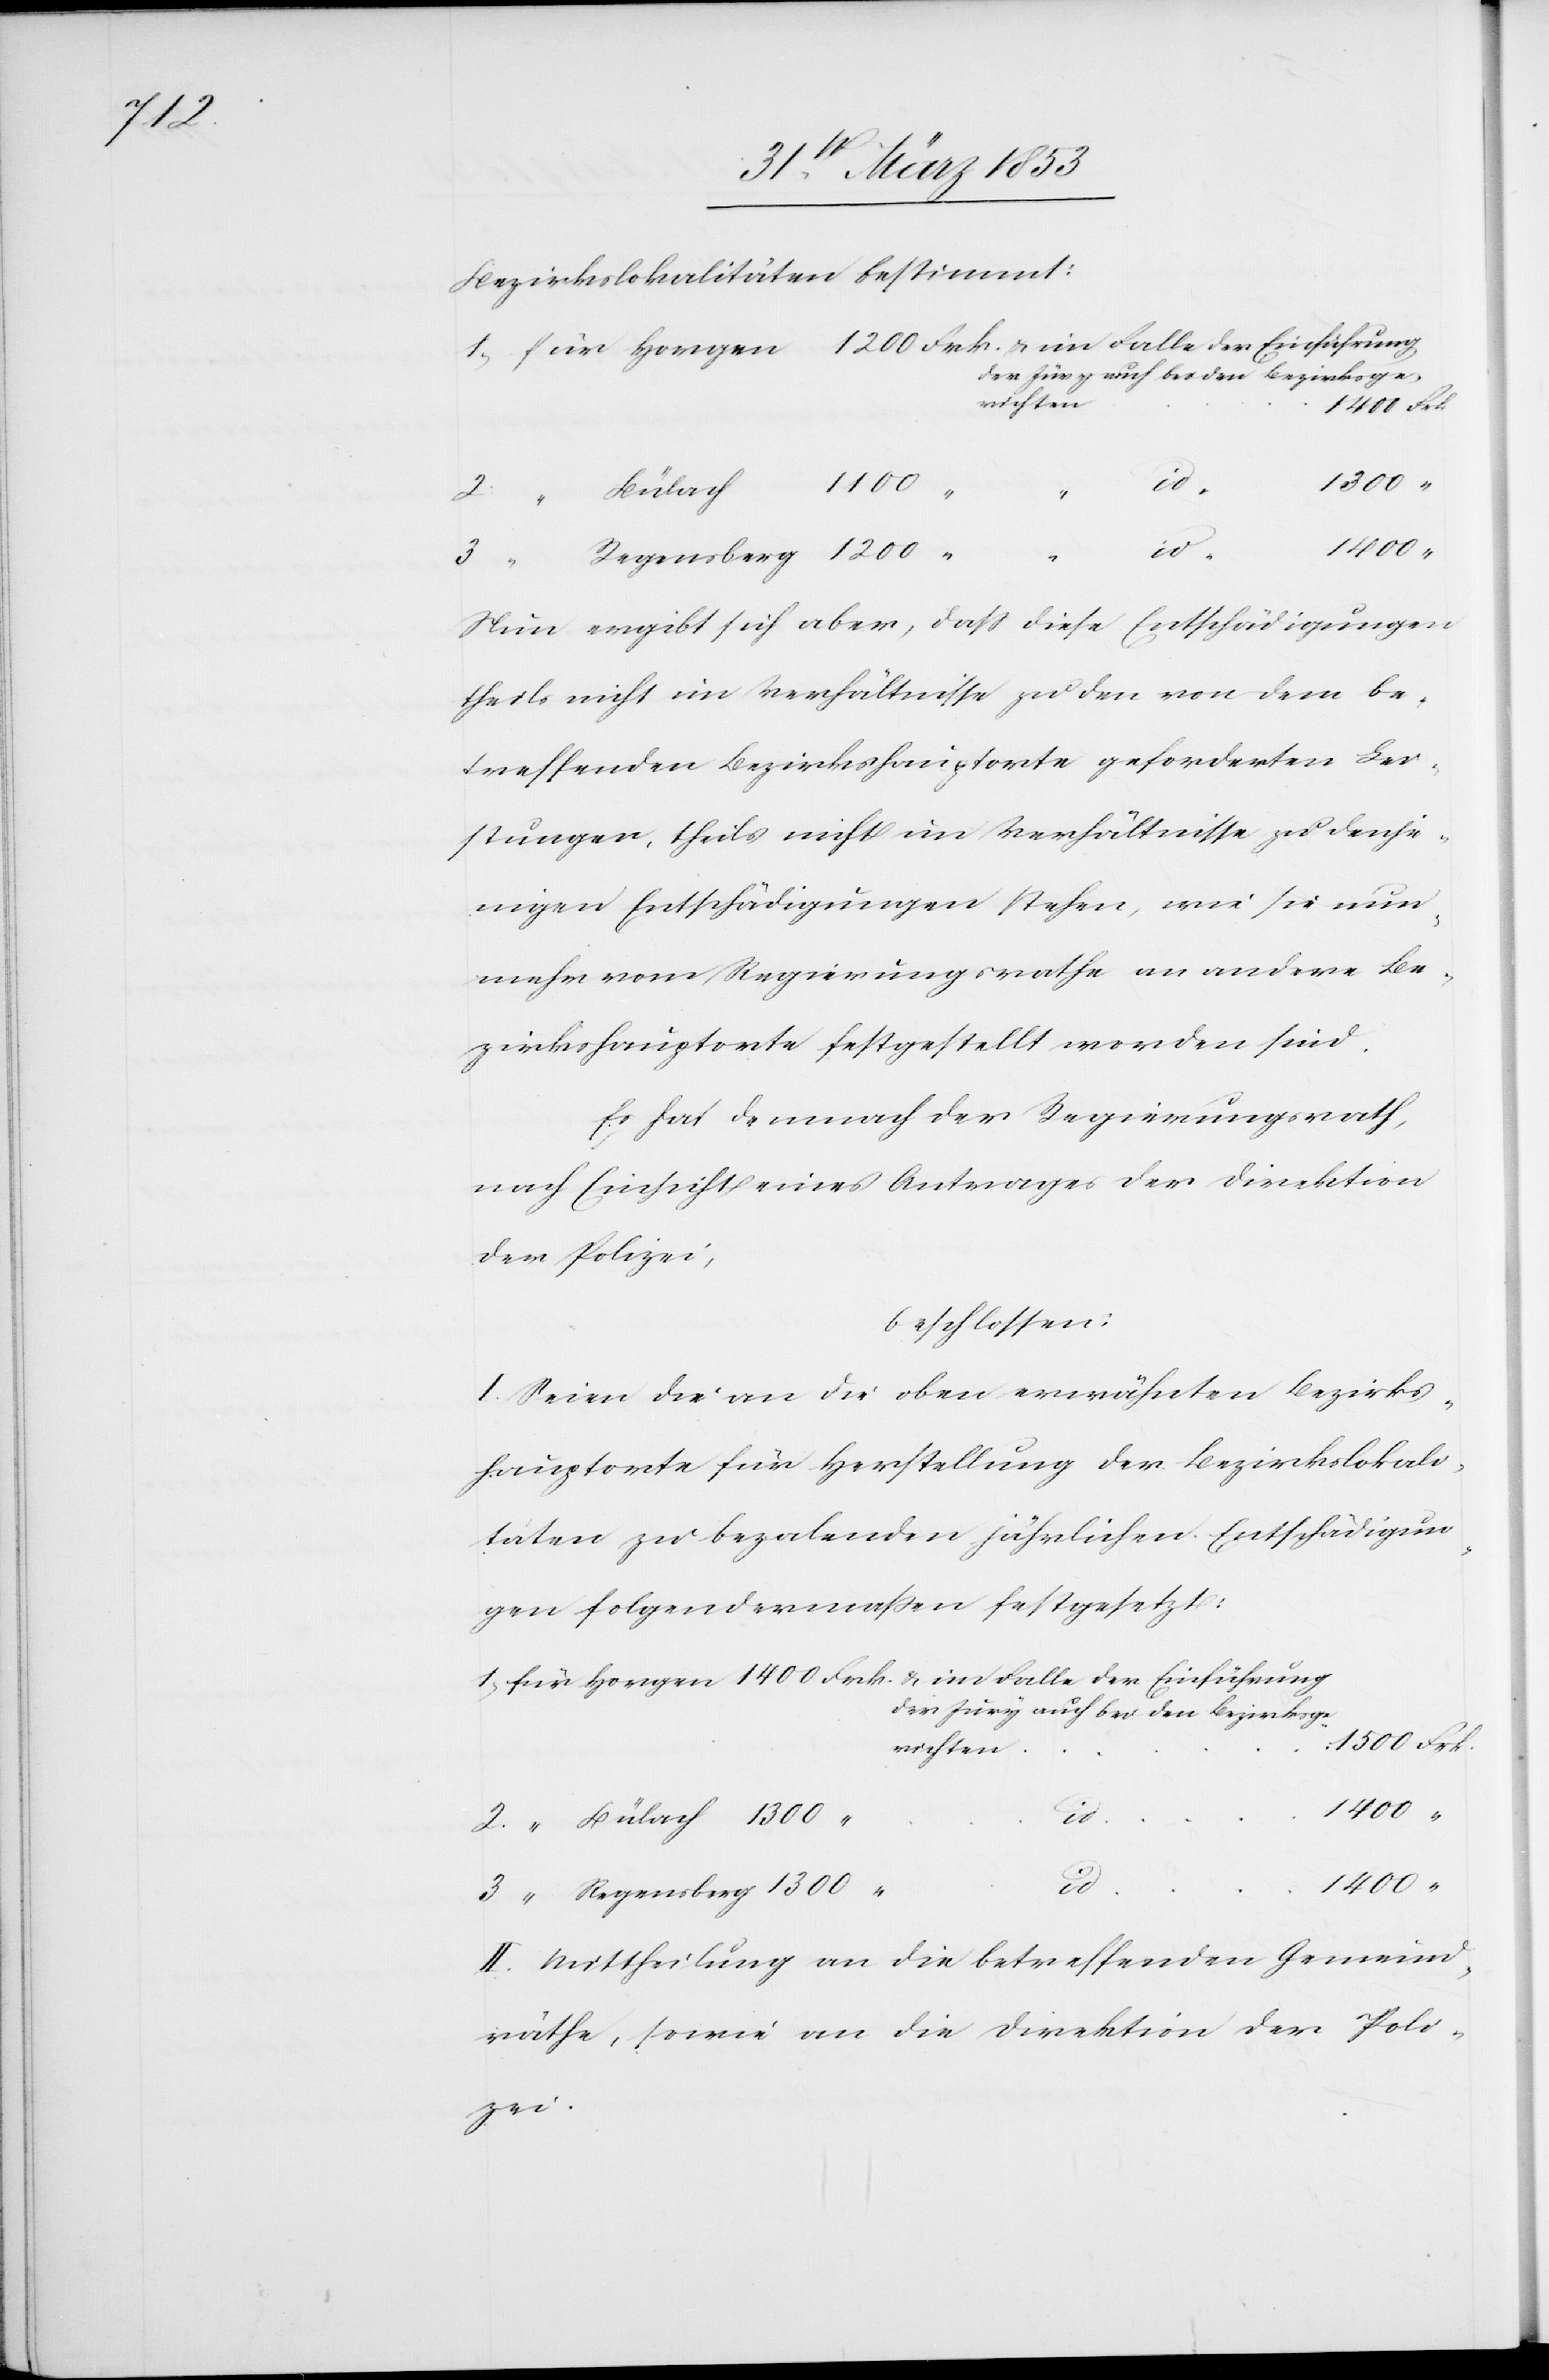
3,

Bezirkslokalitäten bestimmt:
richten
1400 Frk.
1300 “
Nun ergibt sich aber, daß diese Entschädigungen
theils nicht im Verhältnisse zu den von dem Be¬
treffenden Bezirkshauptorte geforderten Lei¬
stungen, theils nicht im Verhältnisse zu denje¬
nigen Entschädigungen stehen, wie sie nun¬
mehr vom Regierungsrathe an andere Be¬
zirkshauptorte festgestellt worden sind.
Es hat demnach der Regierungsrath,
nach Einsicht eines Antrages der Direktion
der Polizei,
beschlossen:
I. Seien die an die eben erwähnten Bezirks¬
hauptorte für Herstellung der Bezirkslokali¬
täten zu bezalenden [sic!] jährlichen Entschädigun¬
gen folgendermaßen festgesetzt:
1, für Horgen 	1400	Frk. u. im Falle der Einführung
Jury auch bei den Bezirksge¬
1500 Frk.
1400 “
3,
II. Mittheilung an die betreffenden Gemeind¬
räthe, sowie an die Direktion der Poli¬
zei.